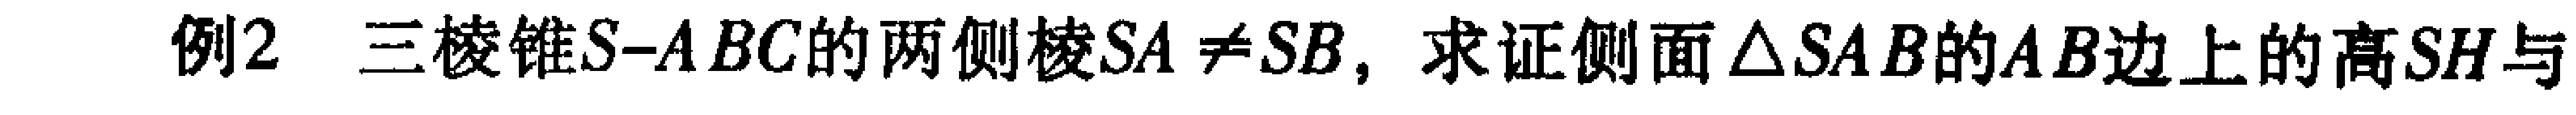
例2 三棱锥\(S - ABC\)的两侧棱\(SA\neq SB\)，求证侧面\(\triangle SAB\)的\(AB\)边上的高\(SH\)与